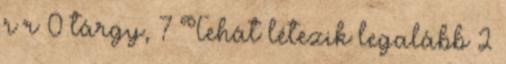
r r 0 tárgy, 7 Tehát létezik legalább 2